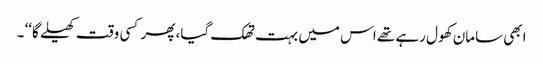
ابھی سامان کھول رہے تھے اس میں بہت تھک گیا، پھر کسی وقت کھیلے گا‘‘ ۔